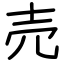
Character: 売